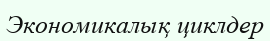
Экономикалық циклдер